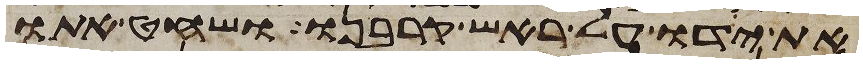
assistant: את ידו על ראש קרבנו ושחט אתו